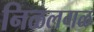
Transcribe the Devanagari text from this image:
निळलगळ